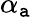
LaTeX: \alpha_{\mathtt{a}}